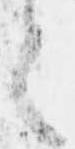
言